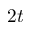
2 t